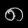
Digit: ၈